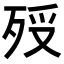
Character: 𣧶